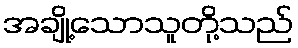
အချို့သောသူတို့သည်